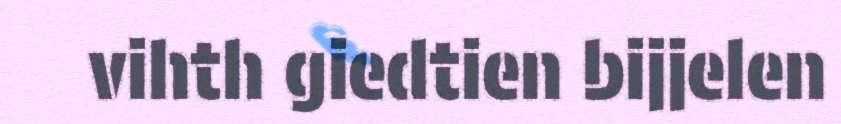
vihth giedtien bijjelen